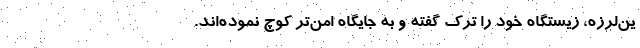
ین‌لرزه، زیستگاه خود را ترک گفته و به جایگاه امن‌تر کوچ نموده‌اند.